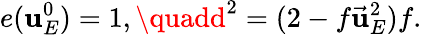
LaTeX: e(\mathbf{u}_{E}^{0})=1,\quadd^{2}=(2-f\vec{{\mathbf{u}}}_{E}^{2})f.